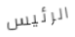
الرئيس